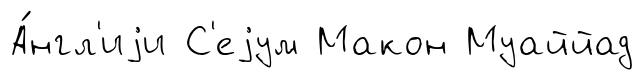
А́нгл'иjи С'еjум Макон Муаййад